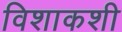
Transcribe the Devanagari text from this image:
विशाकशी